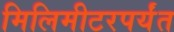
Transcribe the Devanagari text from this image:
मिलिमीटरपर्यंत